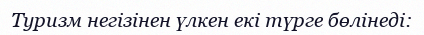
Туризм негізінен үлкен екі түрге бөлінеді: